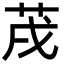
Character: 𦮠